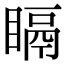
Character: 𥉅